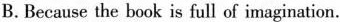
B.Because the book is full of imagination.